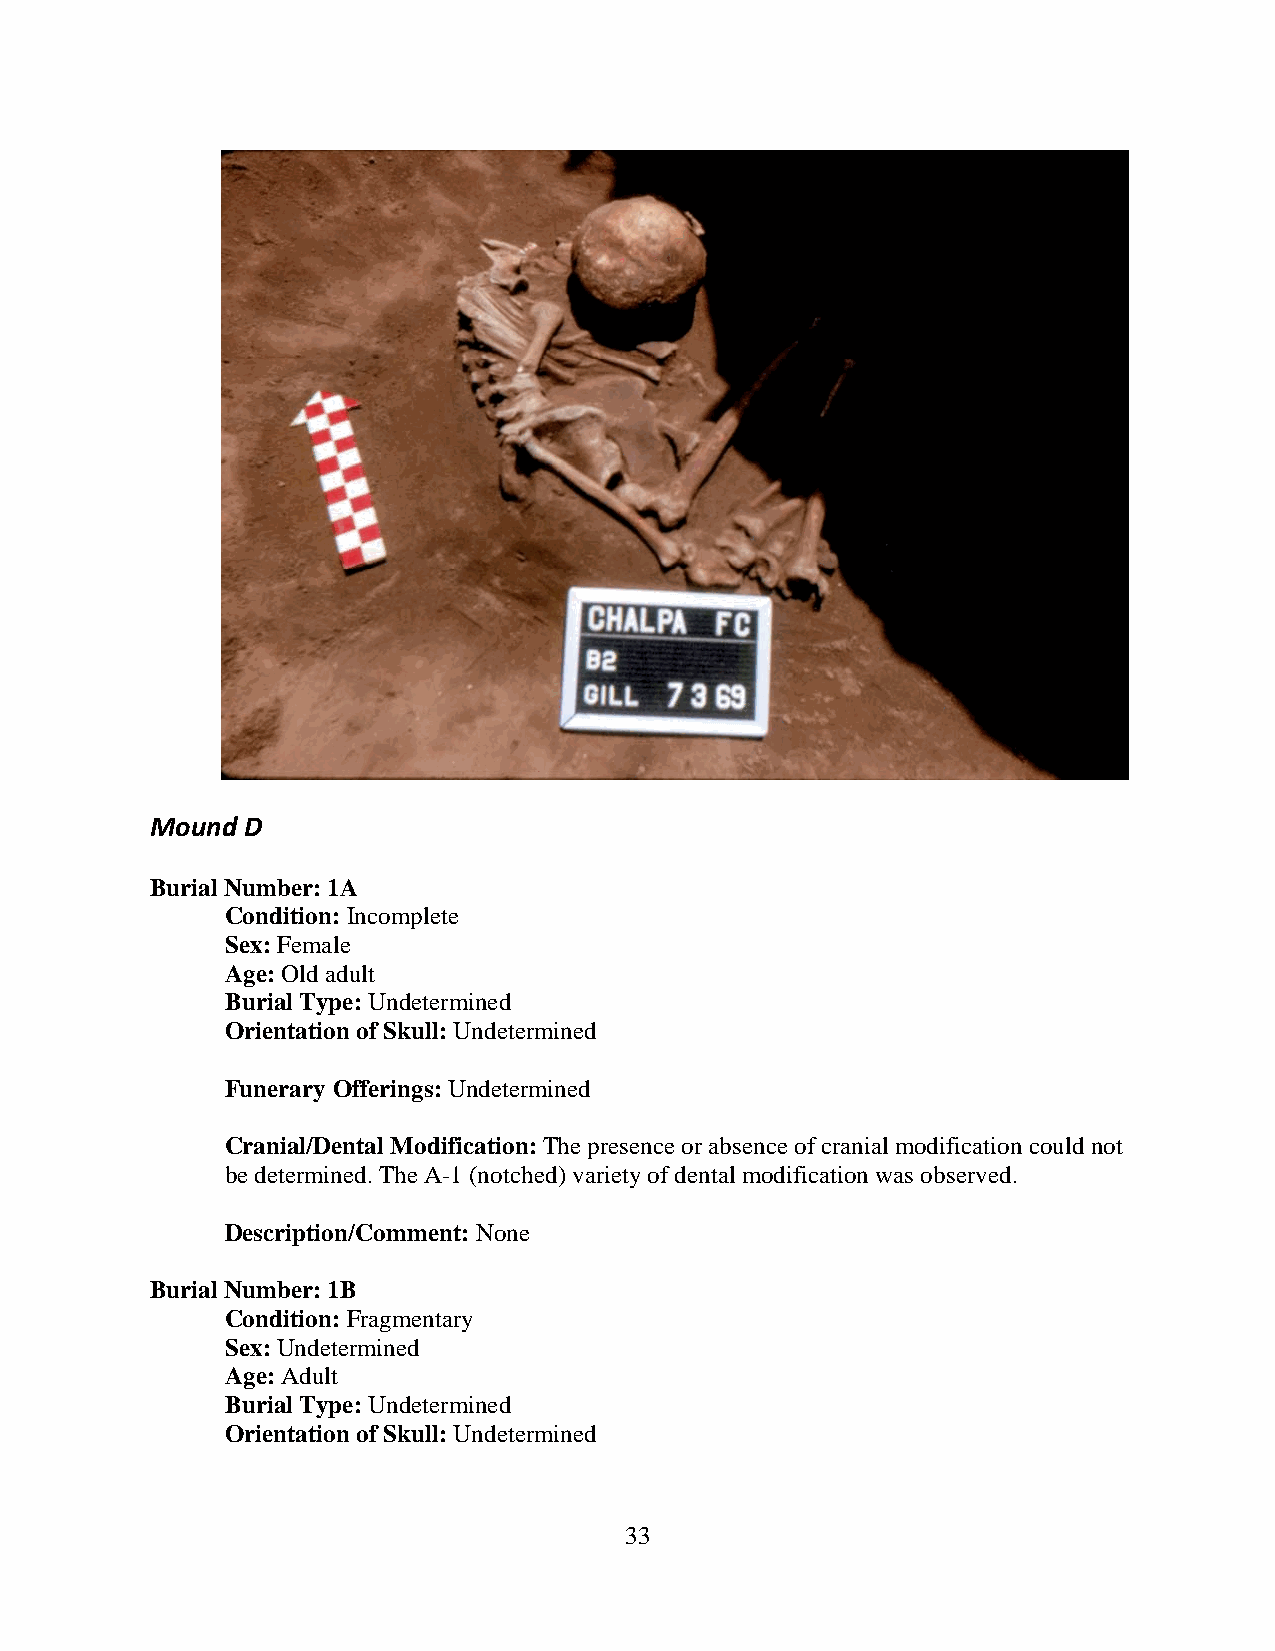
Mound D
 Burial Number: 1A
 Condition: Incomplete
 Sex: Female
 Age: Old adult
 Burial Type: Undetermined
 Orientation of Skull: Undetermined
 Funerary Offerings: Undetermined
 Cranial/Dental Modification: The presence or absence of cranial modification could not
 be determined. The A-1 (notched) variety of dental modification was observed.
 Description/Comment: None
 Burial Number: 1B
 Condition: Fragmentary
 Sex: Undetermined
 Age: Adult
 Burial Type: Undetermined
 Orientation of Skull: Undetermined
 33